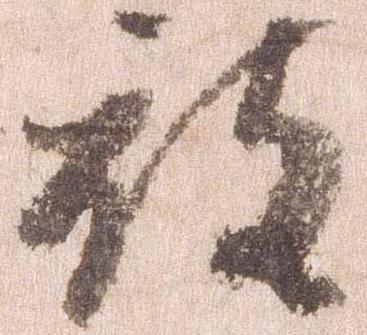
被